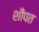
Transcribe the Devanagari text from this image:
शीपत